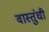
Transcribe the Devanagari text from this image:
वास्तुंची